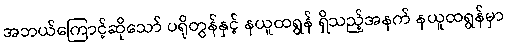
အဘယ်ကြောင့်ဆိုသော် ပရိုတွန်နှင့် နယူထရွန် ရှိသည့်အနက် နယူထရွန်မှာ